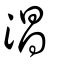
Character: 淐